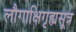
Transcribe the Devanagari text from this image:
लौगाक्षिगृह्यसूत्र